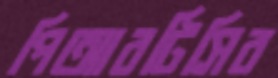
পিআরটিসির